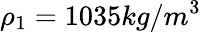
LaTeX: \rho_{1}=1035kg/m^{3}